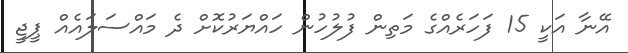
އޭނާ އަކީ 15 ފަހަރެއްގެ މަތިން ފުލުހުން ހައްޔަރުކޮށް ދެ މައްސަލައެއް ޕީޖީ